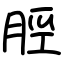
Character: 脛